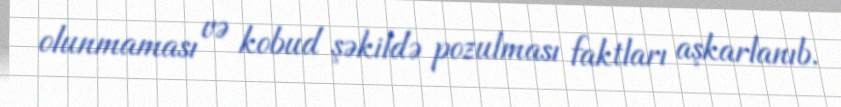
olunmaması və kobud şəkildə pozulması faktları aşkarlanıb.